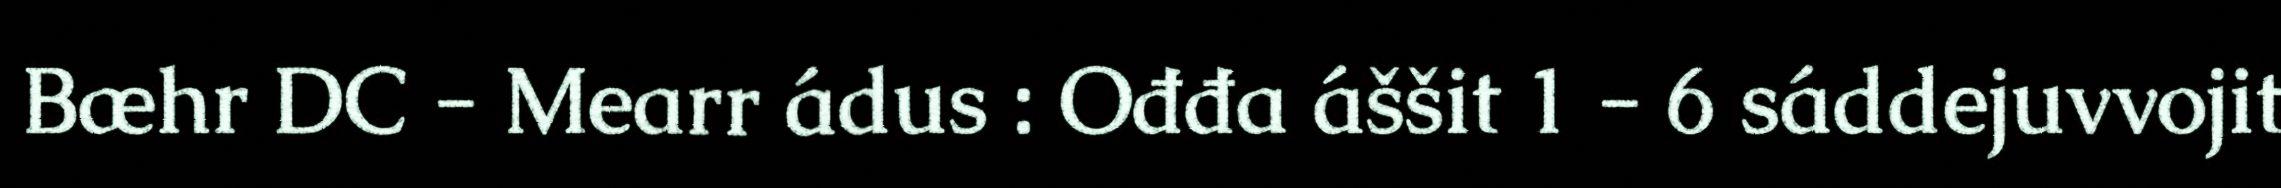
Bæhr DC - Mearr ádus : Ođđa áššit 1 - 6 sáddejuvvojit